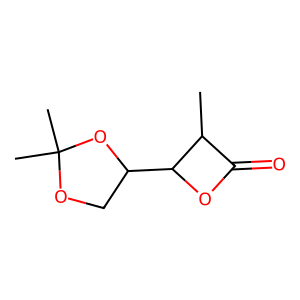
SMILES: CC1C(=O)OC1C1COC(C)(C)O1
Inhibits HIV replication: No